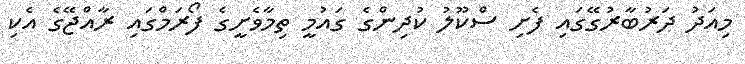
މިއަދު ދަރުބާރުގޭގައި ފެށި ސްކޫލު ކުދިންގެ ގައުމީ ތިމާވެށީގެ ފޯރަމްގައި ރާއްޖޭގެ އެކި